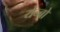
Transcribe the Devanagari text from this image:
येन्बो